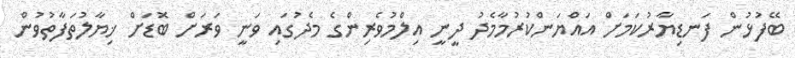
ބޭފުޅުން ފަނޑިޔާރުކަމަށް އައްޔަންކުރުމާމެދު ދީނީ އިލްމުވެރިންގެ މެދުގައި ވަނީ ވަރަށް ބޮޑަށް ޚިޔާލުތަފާތުވުން